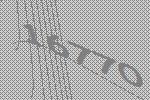
16770